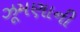
ઝૂમણાની